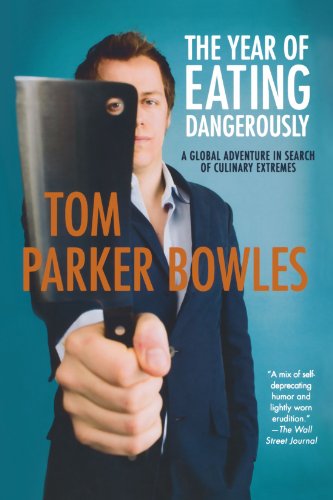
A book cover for The Year of Eating Dangerously: A Global Adventure in Search of Culinary Extremes; Tom Parker Bowles; Travel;